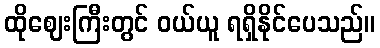
ထိုဈေးကြီးတွင် ဝယ်ယူ ရရှိနိုင်ပေသည်။